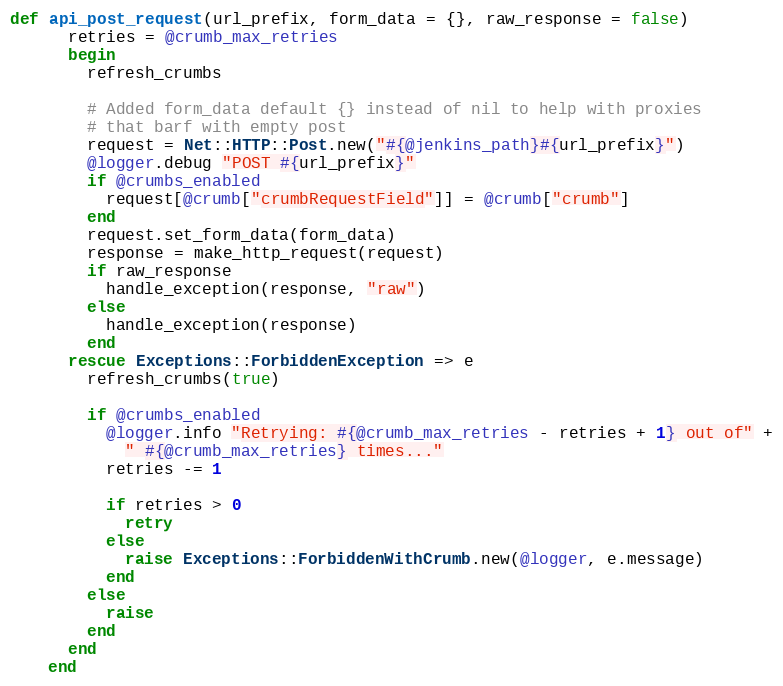
Language: Ruby
def api_post_request(url_prefix, form_data = {}, raw_response = false)
      retries = @crumb_max_retries
      begin
        refresh_crumbs

        # Added form_data default {} instead of nil to help with proxies
        # that barf with empty post
        request = Net::HTTP::Post.new("#{@jenkins_path}#{url_prefix}")
        @logger.debug "POST #{url_prefix}"
        if @crumbs_enabled
          request[@crumb["crumbRequestField"]] = @crumb["crumb"]
        end
        request.set_form_data(form_data)
        response = make_http_request(request)
        if raw_response
          handle_exception(response, "raw")
        else
          handle_exception(response)
        end
      rescue Exceptions::ForbiddenException => e
        refresh_crumbs(true)

        if @crumbs_enabled
          @logger.info "Retrying: #{@crumb_max_retries - retries + 1} out of" +
            " #{@crumb_max_retries} times..."
          retries -= 1

          if retries > 0
            retry
          else
            raise Exceptions::ForbiddenWithCrumb.new(@logger, e.message)
          end
        else
          raise
        end
      end
    end